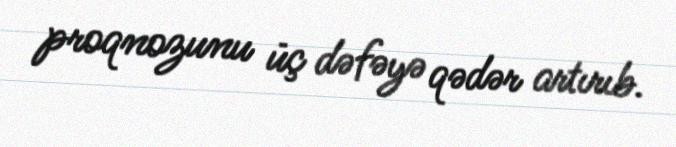
proqnozunu üç dəfəyə qədər artırıb.